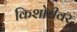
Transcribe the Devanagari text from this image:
किशोरीवर